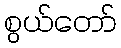
စွယ်တော်